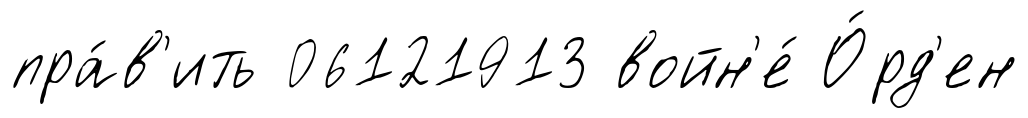
пра́в'ить 06121913 войн'е́ О́рд'ен